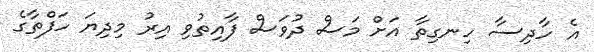
އެ ހާދިސާ ހިނގިތާ އަށް މަސް ދުވަސް ފާއިތުވި އިރު މިދިޔަ ހަފްތާގެ